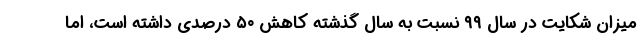
میزان شکایت در سال ۹۹ نسبت به سال گذشته کاهش ۵۰ درصدی داشته است، اما